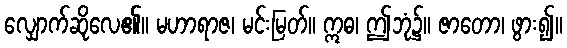
လျှောက်ဆိုလေ၏။ မဟာရာဇ၊ မင်းမြတ်။ ဣဓ၊ ဤဘုံ၌။ ဇာတော၊ ဖွား၍။